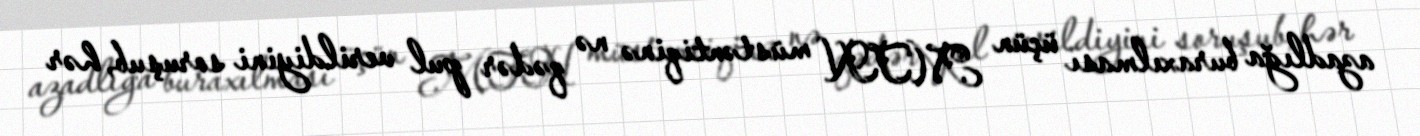
azadlığa buraxılması üçün MTN müstəntiqinə nə qədər pul verildiyini soruşub, hər